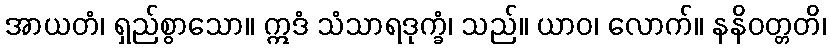
အာယတံ၊ ရှည်စွာသော။ ဣဒံ သံသာရဒုက္ခံ၊ သည်။ ယာဝ၊ လောက်။ နနိဝတ္တတိ၊